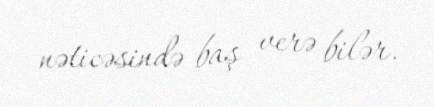
nəticəsində baş verə bilər.